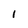
Character: l